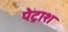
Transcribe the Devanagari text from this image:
पेट्राश